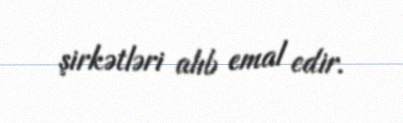
şirkətləri alıb emal edir.